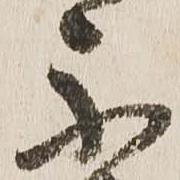
不